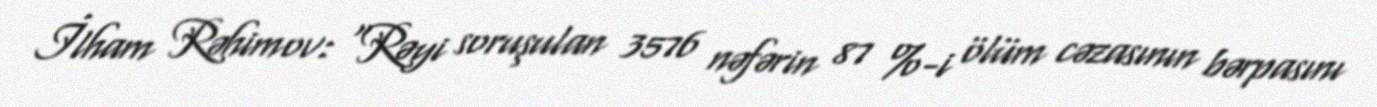
İlham Rəhimov: “Rəyi soruşulan 3576 nəfərin 87 %-i ölüm cəzasının bərpasını